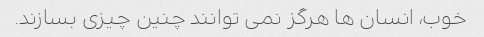
خوب، انسان ها هرگز نمی توانند چنین چیزی بسازند.